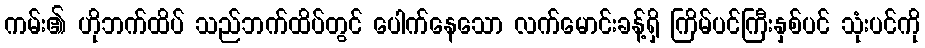
ကမ်း၏ ဟိုဘက်ထိပ် သည်ဘက်ထိပ်တွင် ပေါက်နေသော လက်မောင်းခန့်ရှိ ကြိမ်ပင်ကြီးနှစ်ပင် သုံးပင်ကို